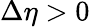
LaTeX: \Delta\eta>0